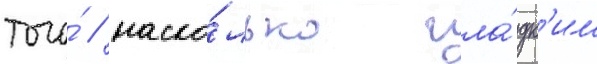
того́ / наско́лько гла́дк'им